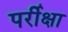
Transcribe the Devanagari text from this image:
पर्रीक्षा